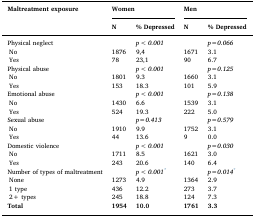
<table><thead><tr><td rowspan="2"><b>Maltreatment exposure</b></td><td colspan="2"><b>Women</b></td><td colspan="2"><b>Men</b></td></tr><tr><td><b>N</b></td><td><b>% Depressed</b></td><td><b>N</b></td><td><b>% Depressed</b></td></tr></thead><tbody><tr><td>Physical neglect</td><td></td><td><i>p&lt;0.001</i></td><td></td><td><i>p=0.066</i></td></tr><tr><td> No</td><td>1876</td><td>9,4</td><td>1671</td><td>3.1</td></tr><tr><td> Yes</td><td>78</td><td>23,1</td><td>90</td><td>6.7</td></tr><tr><td>Physical abuse</td><td></td><td><i>p&lt;0.001</i></td><td></td><td><i>p=0.125</i></td></tr><tr><td> No</td><td>1801</td><td>9.3</td><td>1660</td><td>3.1</td></tr><tr><td> Yes</td><td>153</td><td>18.3</td><td>101</td><td>5.9</td></tr><tr><td>Emotional abuse</td><td></td><td><i>p&lt;0.001</i></td><td></td><td><i>p=0.138</i></td></tr><tr><td> No</td><td>1430</td><td>6.6</td><td>1539</td><td>3.1</td></tr><tr><td> Yes</td><td>524</td><td>19.3</td><td>222</td><td>5.0</td></tr><tr><td>Sexual abuse</td><td></td><td><i>p=0.413</i></td><td></td><td><i>p=0.579</i></td></tr><tr><td> No</td><td>1910</td><td>9.9</td><td>1752</td><td>3.1</td></tr><tr><td> Yes</td><td>44</td><td>13.6</td><td>9</td><td>0.0</td></tr><tr><td>Domestic violence</td><td></td><td><i>p&lt;0.001</i></td><td></td><td><i>p=0.030</i></td></tr><tr><td> No</td><td>1711</td><td>8.5</td><td>1621</td><td>3.0</td></tr><tr><td> Yes</td><td>243</td><td>20.6</td><td>140</td><td>6.4</td></tr><tr><td>Number of types of maltreatment</td><td></td><td><i>p&lt;0.001</i>*</td><td></td><td><i>p=0.014</i>*</td></tr><tr><td> None</td><td>1273</td><td>4.9</td><td>1364</td><td>2.9</td></tr><tr><td> 1 type</td><td>436</td><td>12.2</td><td>273</td><td>3.7</td></tr><tr><td> 2+ types</td><td>245</td><td>18.8</td><td>124</td><td>7.3</td></tr><tr><td><b>Total</b></td><td><b>1954</b></td><td><b>10.0</b></td><td><b>1761</b></td><td><b>3.3</b></td></tr></tbody></table>